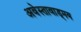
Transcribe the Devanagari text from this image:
अवेस्तावाड्मय